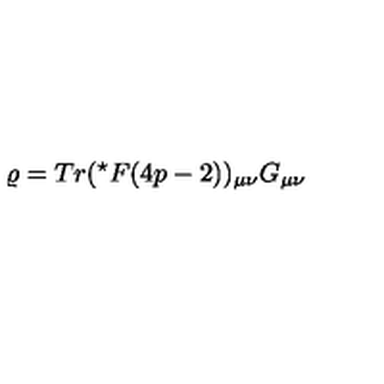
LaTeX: \varrho = T r ( ^ { \star } F ( 4 p - 2 ) ) _ { \mu \nu } G _ { \mu \nu }